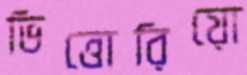
ভিত্তোরিয়ো